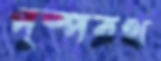
পুষ্পরথ